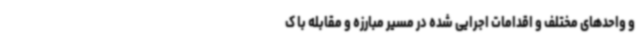
و واحدهای مختلف و اقدامات اجرایی شده در مسیر مبارزه و مقابله با ک